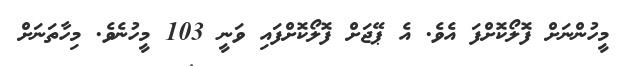
މީހުންނަށް ފޮލޯކޮށްފަ އެވެ. އެ ޕޭޖަށް ފޮލޯކޮށްފައި ވަނީ 103 މީހުނެވެ. މިހާތަނަށް